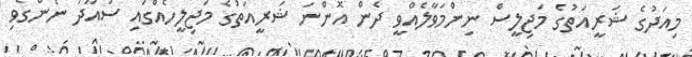
މިއަދުގެ ޝަރީއަތުގެ މަޖިލީސް ނިންމަވާލެއްވީ ދެން އޮންނަ ޝަރީއަތުގެ މަޖިލީހެއްގައި ސުއޫދު ނެންގެވި